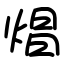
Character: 焻